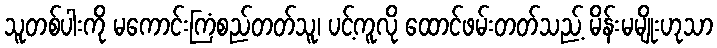
သူတစ်ပါးကို မကောင်းကြံစည်တတ်သူ၊ ပင့်ကူလို ထောင်ဖမ်းတတ်သည့် မိန်းမမျိုးဟုသာ